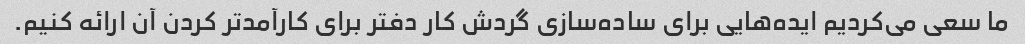
ما سعی می‌کردیم ایده‌هایی برای ساده‌سازی گردش کار دفتر برای کارآمدتر کردن آن ارائه کنیم.